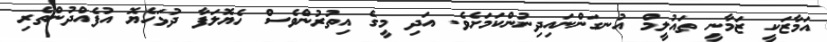
އަމާޒަކީ ޒަމާނީ ތައުލީމް އުނގަންނައިދިނުންކަމަށެވެ. އަދި މީގެ އިތުރުންވެސް ހެޔޮލަފާ ދުޅަހެޔޮ އުފެއްދުންތެރި